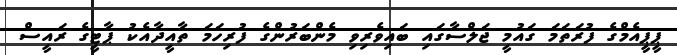
ޕީޕީއެމްގެ ފުރަތަމަ ގައުމީ ޖަލްސާގައި ބައިވެރިވި މެންބަރުންގެ ފުރިހަމަ ތާއީދާއެކު ޕާޓީގެ ރައީސް